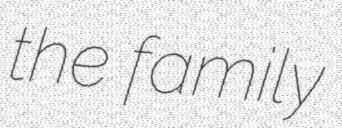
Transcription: the family